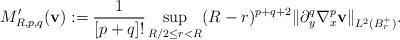
LaTeX: \begin{align*}M^{\prime}_{R,p,q}({\mathbf{v}}) := \frac{1}{[p+q]!}\sup_{R/2 \leq r < R} (R - r)^{p+q+2} \|\partial_{y}^{q} \nabla_{x}^{p}{\mathbf{v}}\|_{L^{2}(B_{r}^{+})}.\end{align*}